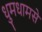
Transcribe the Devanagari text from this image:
धुमधामसे